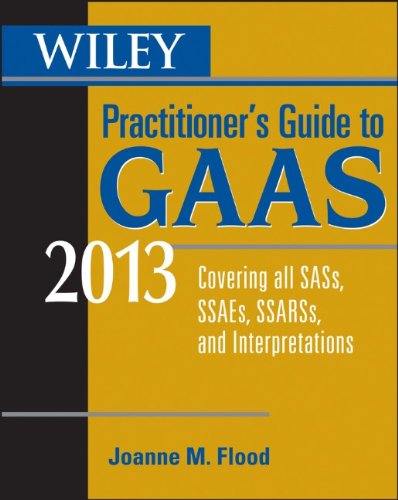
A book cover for Wiley Practitioner's Guide to GAAS 2013: Covering all SASs, SSAEs, SSARSs, and Interpretations; Joanne M. Flood; Business & Money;